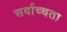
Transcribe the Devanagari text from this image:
सर्वाच्चता